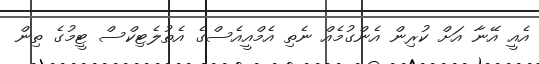
އެއީ އޭނާ އަށް ކުރިން އެންގުމެއް ނެތި އެމްއީއެސްގެ އެތުލެޓިކްސް ޓީމުގެ ތިން